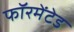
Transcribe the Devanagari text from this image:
फॉरमेंटेड